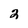
Character: 2